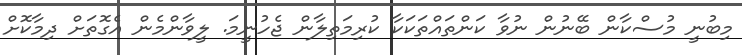
މިބުނީ މުސްކާން ބޭނުން ނުވާ ކަންތައްތަކަކާ ކުރިމަތިލާން ޖެހުނީމަ. ލީވާންމެން އެގޮތަށް ދިމާކޮށް